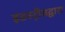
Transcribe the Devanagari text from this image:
इंडस्ट्रीजद्वारा